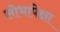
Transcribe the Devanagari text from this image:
लोभापेक्षा